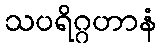
သပရိဂ္ဂဟာနံ